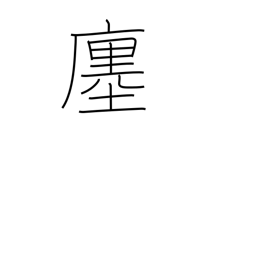
Meaning: store